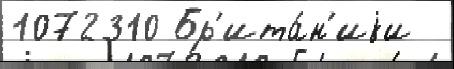
1072310 Бр'ита́н'иjи